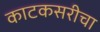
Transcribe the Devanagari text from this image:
काटकसरीचा